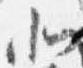
北